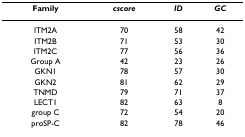
<table><thead><tr><td><b>Family</b></td><td><b><i>cscore</i></b></td><td><b><i>ID</i></b></td><td><b><i>GC</i></b></td></tr></thead><tbody><tr><td>ITM2A</td><td>70</td><td>58</td><td>42</td></tr><tr><td>ITM2B</td><td>71</td><td>53</td><td>30</td></tr><tr><td>ITM2C</td><td>77</td><td>56</td><td>36</td></tr><tr><td>Group A</td><td>42</td><td>23</td><td>26</td></tr><tr><td>GKN1</td><td>78</td><td>57</td><td>30</td></tr><tr><td>GKN2</td><td>81</td><td>62</td><td>29</td></tr><tr><td>TNMD</td><td>79</td><td>71</td><td>37</td></tr><tr><td>LECT1</td><td>82</td><td>63</td><td>8</td></tr><tr><td>group C</td><td>72</td><td>54</td><td>20</td></tr><tr><td>proSP-C</td><td>82</td><td>78</td><td>46</td></tr></tbody></table>